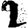
Digit: 2